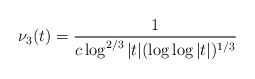
LaTeX: \begin{align*} \nu_3(t)=\frac{1}{c\log^{2/3}|t|(\log\log |t|)^{1/3}} \end{align*}